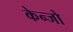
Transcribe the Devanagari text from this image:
केन्जो